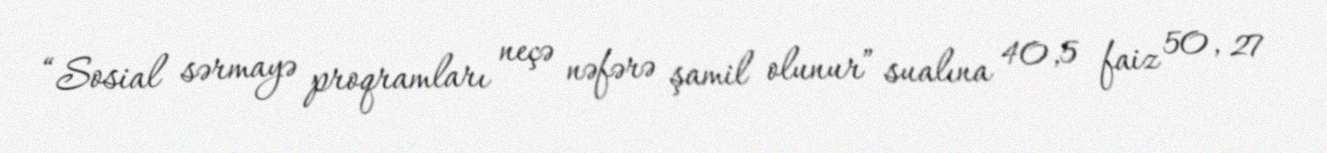
“Sosial sərmayə proqramları neçə nəfərə şamil olunur” sualına 40,5 faiz 50, 27